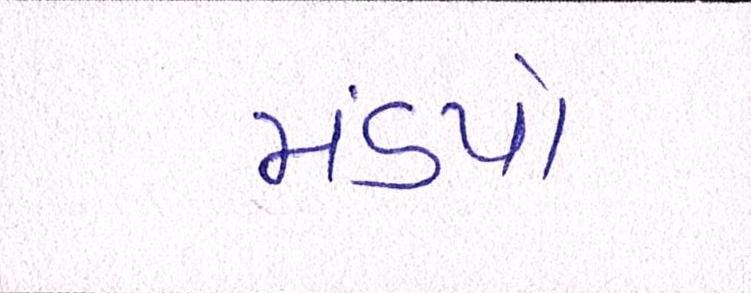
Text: મંડપો